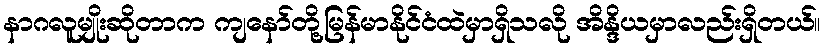
နာဂလူမျိုးဆိုတာက ကျနော်တို့မြန်မာနိုင်ငံထဲမှာရှိသလို အိန္ဒိယမှာလည်းရှိတယ်။